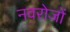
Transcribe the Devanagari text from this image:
नवरोजों